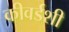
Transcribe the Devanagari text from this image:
कीवर्डशी